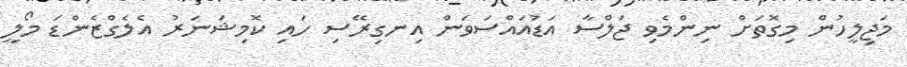
މަޖިލީހުން މިގޮތަށް ނިންމެވި ޖަލްސާ އަޑުއައްސަވަން އިނގިރޭސި ހައި ކޮމިޝަނަރު އެލެގްޒެންޑަ މޯލީ